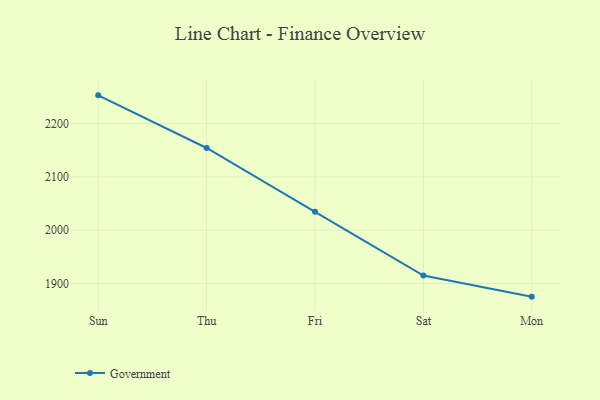
{"axis": {"x": "Day", "y": "Bounce Rate (%)"}, "legend": ["Government"], "data": [{"x": "Sun", "y": 2253.1, "type": "Government"}, {"x": "Thu", "y": 2154.3, "type": "Government"}, {"x": "Fri", "y": 2034.6, "type": "Government"}, {"x": "Sat", "y": 1914.9, "type": "Government"}, {"x": "Mon", "y": 1875.3, "type": "Government"}]}